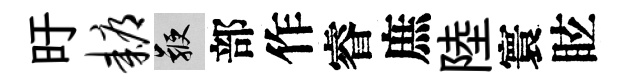
旴耨鞭部作睿庶陸寰眩